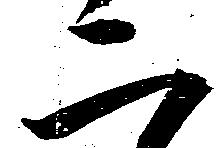
二